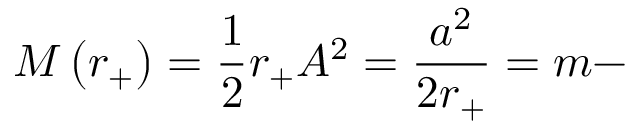
{ \cal M } \left( r _ { + } \right) = \frac { 1 } { 2 } r _ { + } A ^ { 2 } = \frac { a ^ { 2 } } { 2 r _ { + } } = m -